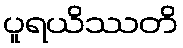
ပူရယိဿတိ